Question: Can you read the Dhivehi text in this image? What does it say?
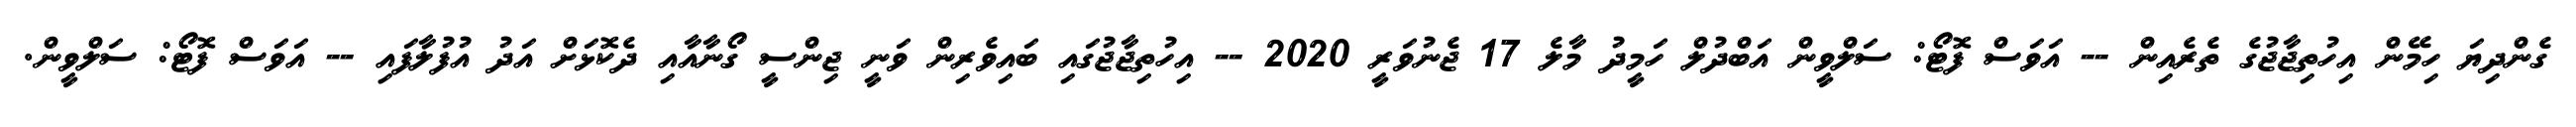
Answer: ގެންދިޔަ ހިމޭން އިހުތިޖާޖުގެ ތެރެއިން -- އަވަސް ފޮޓޯ: ސަލްވީން އަބްދުލް ހަމީދު މާލެ 17 ޖެނުވަރީ 2020 -- އިހުތިޖާޖުގައި ބައިވެރިން ވަނީ ޖިންސީ ގޯނާއާއި ދެކޮޅަށް އަދު އުފުލާފައި -- އަވަސް ފޮޓޯ: ސަލްވީން.